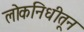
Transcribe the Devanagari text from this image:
लोकनिधीतून